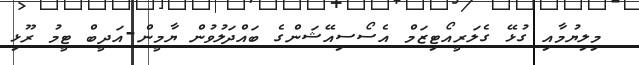
މިލިޔުމާއި ގުޅޭ ގެލަރީއޯޓިޒަމް އެސޯސިއޭޝަންގެ ބައްދަލުވުން ޔާމީން-އަދީބް ޓީމު ރޫޅި